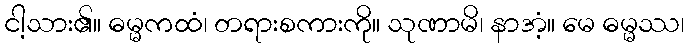
ငါ့သား၏။ ဓမ္မကထံ၊ တရားစကားကို။ သုဏာမိ၊ နာအံ့။ မေ ဓမ္မဿ၊